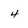
Character: 4